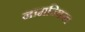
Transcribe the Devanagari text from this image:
नामन्कित